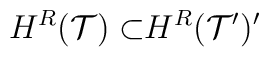
H^{R}{\cal (T)\subset }H^{R}{\cal (T^{\prime })^{\prime }}